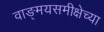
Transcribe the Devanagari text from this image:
वाङ्‌मयसमीक्षेच्या